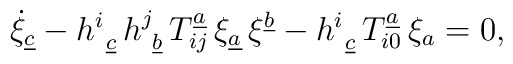
\dot{\xi}_{\underline{c}} - {h}^{i}_{\ \underline{c}}\, {h}^{j}_{\ \underline{b}}\,T^{\underline{a}}_{ij}\,  \xi_{\underline{a}}\, \xi^{\underline{b}} -{h}^{i}_{\ \underline{c}} \,T^{\underline{a}}_{i0}\, \xi_{{a}}=0,